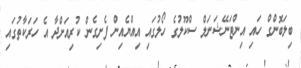
ބިލަބޮންގް ހައި އިންޓަނޭޝަނަލް ސްކޫލުގެ ހޯލުގައި އިއްޔެއިން ފެށިގެން ކުރިއަށްދާ އެ ހަރަކާތުގައި